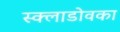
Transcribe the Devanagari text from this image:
स्क्लाडोवका